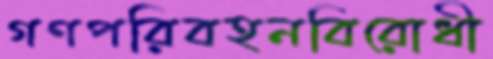
গণপরিবহনবিরোধী